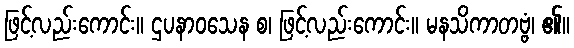
ဖြင့်လည်းကောင်း။ ဌပနာဝသေန စ၊ ဖြင့်လည်းကောင်း။ မနသိကာတဗ္ဗံ၊ ၏။